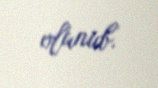
olunub.